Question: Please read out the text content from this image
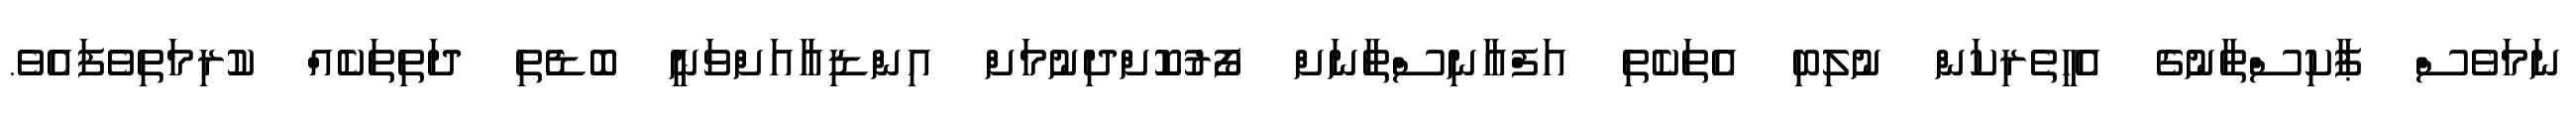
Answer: ނަމަވެސް ޕާކިސްތާނުގެ އެހީތެރިކަން ނުލިބި އެތަކެތި އަފްޣާނިސްތާނަށް ފޯރުކޮށްދިނުމަށް އިންޑިއާއަށްވަނީ ބޮޑެތި ދަތިތަކެއް ކުރިމަތިވެފައެވެ.